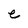
Character: e